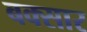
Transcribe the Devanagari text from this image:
बक्सार